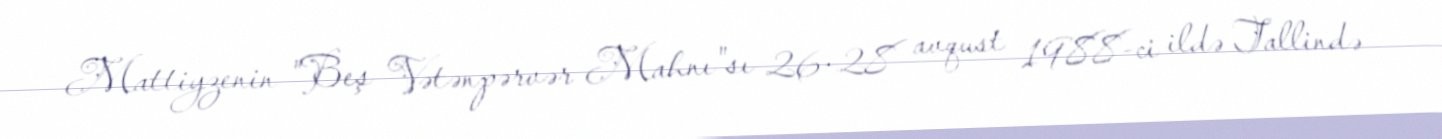
Mattiyzenin "Beş Vətənpərvər Mahnı"sı 26-28 avqust 1988-ci ildə Tallində